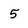
Character: 5